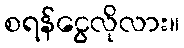
စရန်ငွေလိုလား။